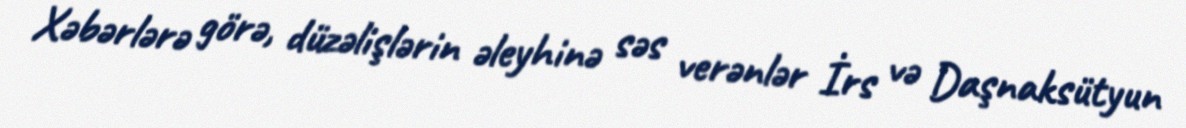
Xəbərlərə görə, düzəlişlərin əleyhinə səs verənlər İrs və Daşnaksütyun